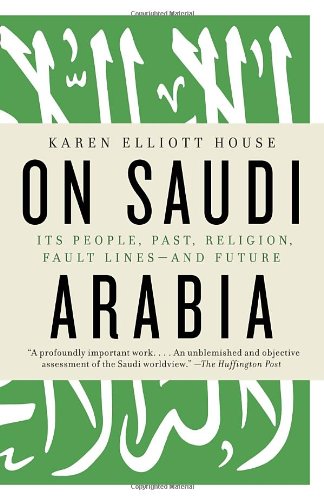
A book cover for On Saudi Arabia: Its People, Past, Religion, Fault Lines--and Future; Karen Elliott House; History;